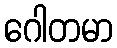
ဂေါတမာ